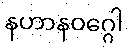
နဟာနဝဂ္ဂေါ